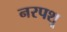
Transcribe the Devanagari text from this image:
नरपशू